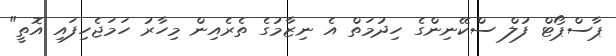
ޕާސްޕޯޓް ފުލް ސްކޭނިންގެ ހިދުމަތް އެ ނިޒާމުގެ ތެރެއިން މިހާރު ހަމަޖެހިފައި އޮތީ"